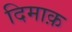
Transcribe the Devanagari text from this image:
दिमाक़